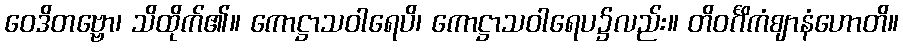
ဝေဒိတဗ္ဗော၊ သိထိုက်၏။ ကောဋ္ဌာသဝါရေပိ၊ ကောဋ္ဌာသဝါရေပ၌လည်း။ တိဝင်္ဂိကံဈာနံဟောတိ။